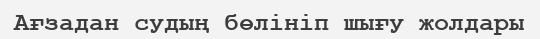
Ағзадан судың бөлiнiп шығу жолдары